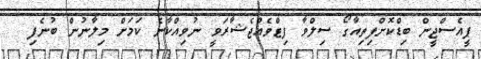
ޕީއެސްޖީން ބިޑްކޮށްފިތިއާގޯ ސިލްވާ ފިޓްވެއްޖެޝާރަވީ ނުވިއްކާނެ ކަމަށް މިލާނުން ބުނެފި